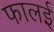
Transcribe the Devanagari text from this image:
फालई